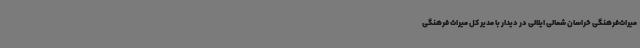
میراث‌فرهنگی خراسان شمالی ایلالی در دیدار با مدیر کل میراث فرهنگی